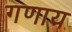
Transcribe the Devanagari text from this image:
गणाय